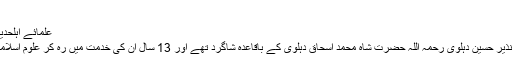
‘‘
علمائے اہلحدیث کا موقف ہے کہ
’’ مولانا سید محمد نذیر حسین دہلوی رحمہ اللہ حضرت شاہ محمد اسحاق دہلوی کے باقاعدہ شاگرد تھے اور 13 سال ان کی خدمت میں رہ کر علوم اسلامیہ کی تحصیل کی ۔